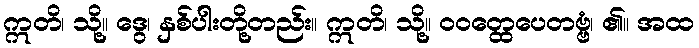
ဣတိ၊ သို့။ ဒွေ၊ နှစ်ပါးတို့တည်း။ ဣတိ၊ သို့။ ဝဝတ္ထေပေတဗ္ဗံ၊ ၏။ အထ